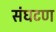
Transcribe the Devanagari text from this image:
संघटण